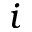
i